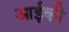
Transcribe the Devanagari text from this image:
आईकी